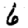
Digit: 6